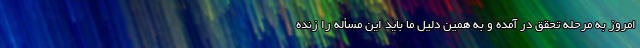
امروز به مرحله تحقق در آمده و به همین دلیل ما باید این مسأله را زنده